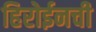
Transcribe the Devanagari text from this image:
हिरोईनची